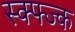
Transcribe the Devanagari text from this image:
स्क्फ्ज्क